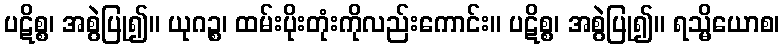
ပဋိစ္စ၊ အစွဲပြု၍။ ယုဂဉ္စ၊ ထမ်းပိုးတုံးကိုလည်းကောင်း။ ပဋိစ္စ၊ အစွဲပြု၍။ ရသ္မိယောစ၊